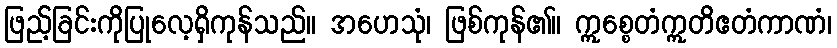
ဖြည့်ခြင်းကိုပြုလေ့ရှိကုန်သည်။ အဟေသုံ၊ ဖြစ်ကုန်၏။ ဣစ္စေတံဣတိဧတံကာဏံ၊